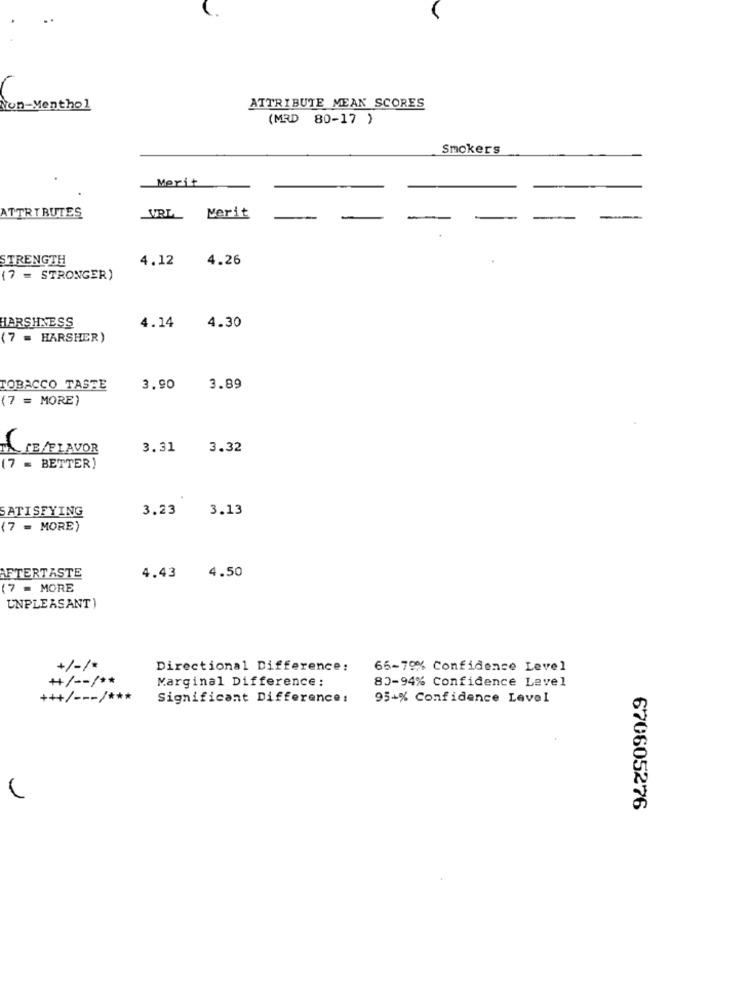
Non-Menthol
ATTRIBUTE MEAN SCORES
(MRD 80-17 )
Smokers
Merit
ATTRIBUTES
URL_ Merit
STRENGTH
4.12
4.26
(7 = STRONGER)
4.14
HARSHNESS
4.30
(7 = HARSHER)
TOBACCO TASTE
3.90
3.89
(7 = MORE]
TE/FLAVOR
3.31
3.32
(7 = BETTER)
3.23
3.13
SATISFYING
(7 = MORE)
4.50
AFTERTASTE
4.43
(7 = MORE
UNPLEASANT)
+/-/
Directional Difference:
65-79% Confidence Level
++/ -- / **
Marginal Difference:
83-94% Confidence Level
+++/ --- / ***
Significant Difference:
95+% Confidence Level
670605276